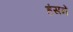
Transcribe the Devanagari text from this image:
हंसनें